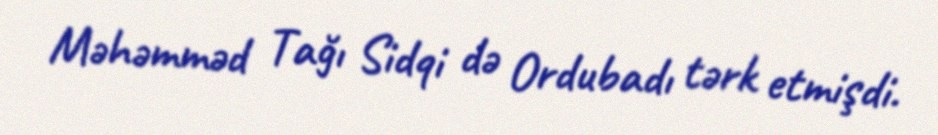
Məhəmməd Tağı Sidqi də Ordubadı tərk etmişdi.